Veterinary [1916] -
Year: 1916
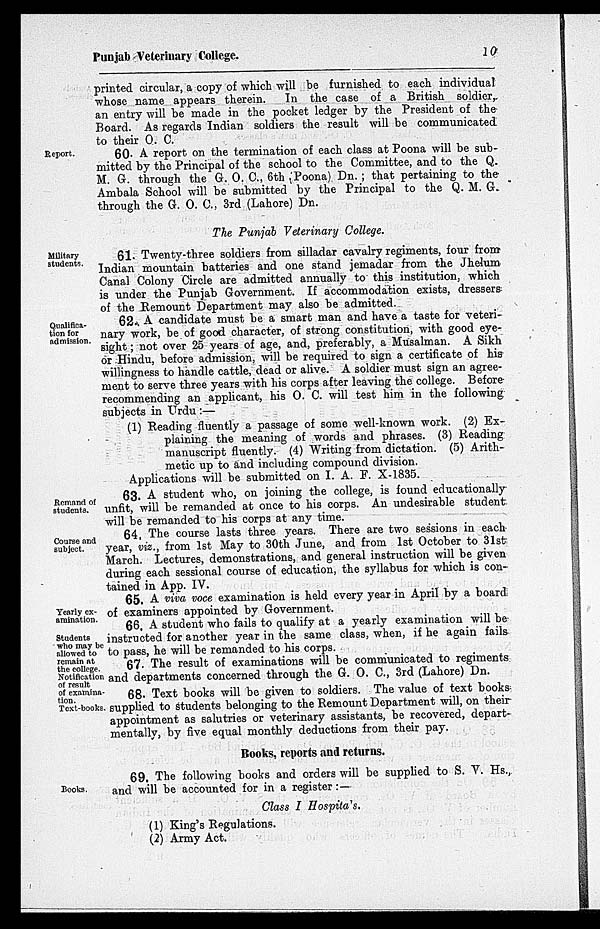
Punjab Veterinary College.
10
printed circular, a copy of which will be furnished to each individual
whose name appears therein. In the case of a British soldier
an entry will be made in the pocket ledger by the President of the
Board. As regards Indian soldiers the result will be communicated
to their O. C.
Report.
60. A report on the termination of each class at Poona will be sub-
mitted by the Principal of the school to the Committee, and to the Q.
M. G. through the G. O. C., 6th (Poona) Dn. ; that pertaining to the
Ambala School will be submitted by the Principal to the Q. M. G.
through the G. O. C., 3rd (Lahore) Dn.
The Punjab Veterinary College.
Military
students.
61. Twenty-three soldiers from silladar cavalry regiments, four from
Indian mountain batteries and one stand jemadar from the Jhelum
Canal Colony Circle are admitted annually to this institution, which
is under the Punjab Government. If accommodation exists, dressers
of the Remount Department may also be admitted.
Qualifica-
tion for
admission.
62. A candidate must be a smart man and have a taste for veteri-
nary work, be of good character, of strong constitution, with good eye-
sight ; not over 25 years of age, and, preferably, a Musalman. A Sikh
or Hindu, before admission, will be required to sign a certificate of his
willingness to handle cattle, dead or alive. A soldier must sign an agree-
ment to serve three years with his corps after leaving the college. Before
recommending an applicant, his O. C. will test him in the following
subjects in Urdu :—
(1) Reading fluently a passage of some well-known work. (2) Ex-
plaining the meaning of words and phrases. (3) Reading
manuscript fluently. (4) Writing from dictation. (5) Arith-
metic up to and including compound division.
Applications will be submitted on I. A. F. X-1835.
Remand of
students.
63. A student who, on joining the college, is found educationally
unfit, will be remanded at once to his corps. An undesirable student
will be remanded to his corps at any time.
Course and
subject.
64. The course lasts three years. There are two sessions in each
year, viz., from 1st May to 30th June, and from 1st October to 31st
March. Lectures, demonstrations, and general instruction will be given
during each sessional course of education, the syllabus for which is con-
tained in App. IV.
Yearly ex-
amination.
65. A viva voce examination is held every year in April by a board
of examiners appointed by Government.
66. A student who fails to qualify at a yearly examination will be
instructed for another year in the same class, when, if he again fails
to pass, he will be remanded to his corps.
Students
who may be
allowed to
remain at
the college.
67. The result of examinations will be communicated to regiments
and departments concerned through the G. O. C., 3rd (Lahore) Dn.
Notification
of result
of examina-
tion.
Text-books.
68. Text books will be given to soldiers. The value of text books
supplied to students belonging to the Remount Department will, on their
appointment as salutries or veterinary assistants, be recovered, depart-
mentally, by five equal monthly deductions from their pay.
Books, reports and returns.
Books.
69. The following books and orders will be supplied to S. Y. Hs.,
and will be accounted for in a register :—
Class I Hospitals.
(1) King's Regulations.
(2) Army Act.